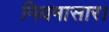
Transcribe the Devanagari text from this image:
नियमासार।